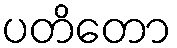
ပတိတော